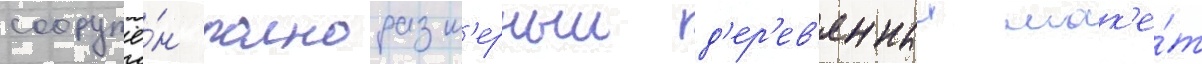
сооружё́н полноразм'ерныи д'ер'ев'янныи мак'е́т